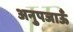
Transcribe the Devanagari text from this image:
अनुपजाऊँ